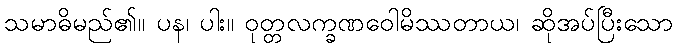
သမာဓိမည်၏။ ပန၊ ပါး။ ဝုတ္တလက္ခဏဝေါမိဿတာယ၊ ဆိုအပ်ပြီးသော